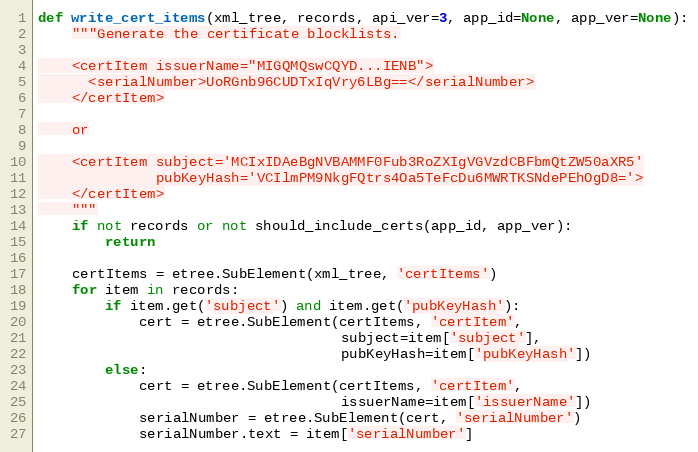
Language: Python
def write_cert_items(xml_tree, records, api_ver=3, app_id=None, app_ver=None):
    """Generate the certificate blocklists.

    <certItem issuerName="MIGQMQswCQYD...IENB">
      <serialNumber>UoRGnb96CUDTxIqVry6LBg==</serialNumber>
    </certItem>

    or

    <certItem subject='MCIxIDAeBgNVBAMMF0Fub3RoZXIgVGVzdCBFbmQtZW50aXR5'
              pubKeyHash='VCIlmPM9NkgFQtrs4Oa5TeFcDu6MWRTKSNdePEhOgD8='>
    </certItem>
    """
    if not records or not should_include_certs(app_id, app_ver):
        return

    certItems = etree.SubElement(xml_tree, 'certItems')
    for item in records:
        if item.get('subject') and item.get('pubKeyHash'):
            cert = etree.SubElement(certItems, 'certItem',
                                    subject=item['subject'],
                                    pubKeyHash=item['pubKeyHash'])
        else:
            cert = etree.SubElement(certItems, 'certItem',
                                    issuerName=item['issuerName'])
            serialNumber = etree.SubElement(cert, 'serialNumber')
            serialNumber.text = item['serialNumber']